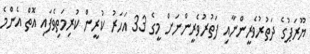
ޔޫރަޕުގެ ދަތުރުވެރީންނާއި ފަތުރުވެރީންނަށް މީގެ 33 އަހަރު ކުރީން ކުރިމަތިވެފައި އޮތް އެންމެ